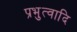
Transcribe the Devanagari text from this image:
प्रभुत्वादि